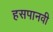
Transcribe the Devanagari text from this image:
हसपानवी